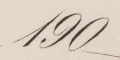
190